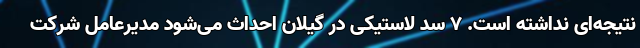
نتیجه‌ای نداشته است. 7 سد لاستیکی در گیلان احداث می‌شود مدیرعامل شرکت